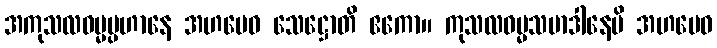
အကုသလဓမ္မပ္ပဟာနေ အဟမေဝ သေဋ္ဌောတိ ဧကော။ ကုသလဓမ္မသမာဒါနေပိ အဟမေဝ